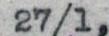
27/1,